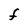
Character: F